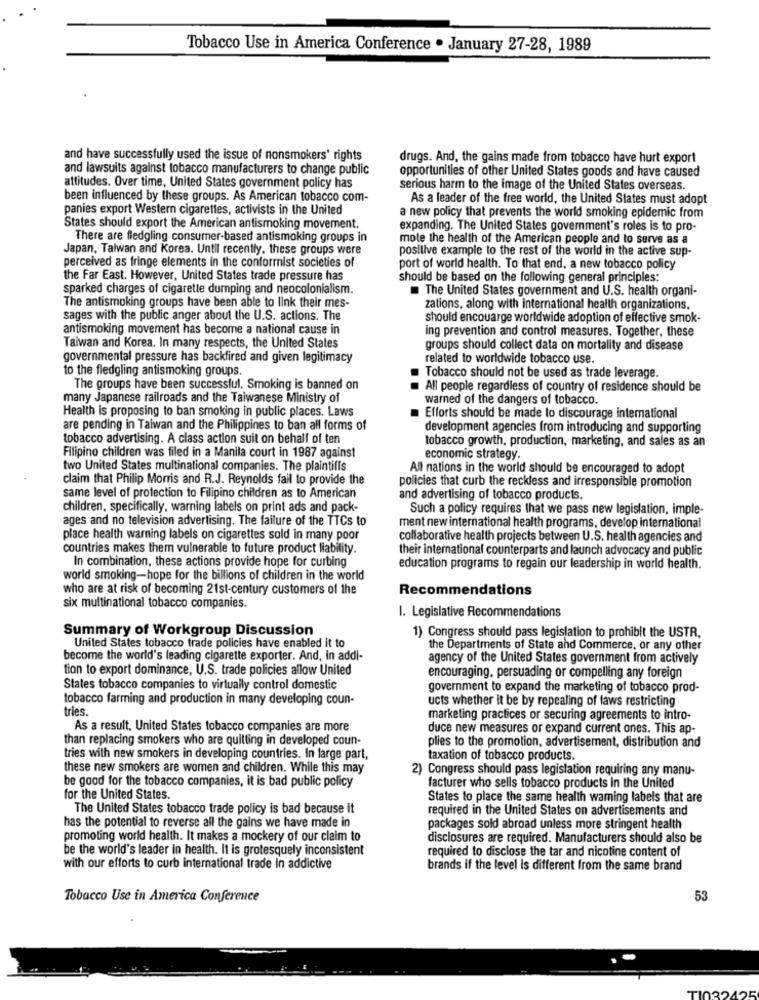
Tobacco Use in America Conference . January 27-28, 1989
and have successfully used the issue of nonsmokers' rights
drugs. And, the gains made from tobacco have hurt export
and lawsuits against tobacco manufacturers to change public
opportunities of other United States goods and have caused
attitudes. Over time, United States government policy has
serious harm to the image of the United States overseas.
been influenced by these groups. As American tobacco com-
As a leader of the free world, the United States must adopt
panies export Western cigarettes, activists in the United
a new policy that prevents the world smoking epidemic from
States should export the American antismoking movement.
expanding. The United States government's roles is to pro-
There are fledgling consumer-based antismoking groups in
mote the health of the American people and to serve as a
Japan, Talwan and Korea. Until recently, these groups were
positive example to the rest of the world in the active sup-
perceived as fringe elements in the conformist societies of
port of world health. To that end, a new tobacco policy
the Far East. However, United States trade pressure has
should be based on the following general principles:
sparked charges of cigarette dumping and neocolonialism.
The United States government and U.S. health organi-
The antismoking groups have been able to link their mes-
zations, along with international health organizations.
sages with the public anger about the U.S. actions. The
should encouarge worldwide adoption of effective smok-
antismoking movement has become a national cause in
ing prevention and control measures. Together, these
Taiwan and Korea. In many respects, the United States
groups should collect data on mortality and disease
governmental pressure has backfired and given legitimacy
related to worldwide tobacco use.
to the fledgling antismoking groups.
Tobacco should not be used as trade leverage.
The groups have been successful. Smoking is banned on
All people regardless of country of residence should be
many Japanese railroads and the Taiwanese Ministry of
warned of the dangers of tobacco.
Health is proposing to ban smoking in public places. Laws
Efforts should be made to discourage international
are pending in Taiwan and the Philippines to ban all forms of
development agencies from introducing and supporting
tobacco advertising. A class action suit on behalf of ten
tobacco growth, production, marketing, and sales as an
Filipino children was filed in a Manila court in 1987 against
economic strategy.
two United States multinational companies. The plaintiffs
All nations in the world should be encouraged to adopt
claim that Philip Morris and R.J. Reynolds fail to provide the
policies that curb the reckless and irresponsible promotion
same level of protection to Filipino children as to American
and advertising of tobacco products.
children, specifically, warning labels on print ads and pack-
Such a policy requires that we pass new legislation, imple-
ages and no television advertising. The failure of the TTCs to
ment new international health programs, develop international
place health warning labels on cigarettes sold in many poor
collaborative health projects between U.S. health agencies and
countries makes them vulnerable to future product liability.
their international counterparts and launch advocacy and public
In combination, these actions provide hope for curbing
education programs to regain our leadership in world health.
world smoking-hope for the billions of children in the world
who are at risk of becoming 21st-century customers of the
Recommendations
six multinational tobacco companies.
1. Legislative Recommendations
Summary of Workgroup Discussion
1) Congress should pass legislation to prohibit the USTR,
United States tobacco trade policies have enabled it to
the Departments of State and Commerce, or any other
become the world's leading cigarette exporter. And, in addi-
agency of the United States government from actively
tion to export dominance, U.S. trade policies allow United
encouraging, persuading or compelling any foreign
States tobacco companies to virtually control domestic
government to expand the marketing of tobacco prod-
tobacco farming and production in many developing coun-
ucts whether it be by repealing of laws restricting
tries.
marketing practices or securing agreements to intro-
As a result, United States tobacco companies are more
duce new measures or expand current ones. This ap-
than replacing smokers who are quitting in developed coun-
plies to the promotion, advertisement, distribution and
tries with new smokers in developing countries. In large part,
taxation of tobacco products.
these new smokers are women and children. While this may
2) Congress should pass legislation requiring any manu-
be good for the tobacco companies, it is bad public policy
facturer who sells tobacco products in the United
for the United States.
States to place the same health warning labels that are
The United States tobacco trade policy is bad because it
required in the United States on advertisements and
has the potential to reverse all the gains we have made in
packages sold abroad unless more stringent health
promoting world health. It makes a mockery of our claim to
disclosures are required. Manufacturers should also be
be the world's leader in health. It is grotesquely inconsistent
required to disclose the tar and nicotine content of
with our efforts to curb international trade In addictive
brands if the level is different from the same brand
Tobacco Use in America Conference
53